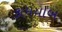
કામયાબ